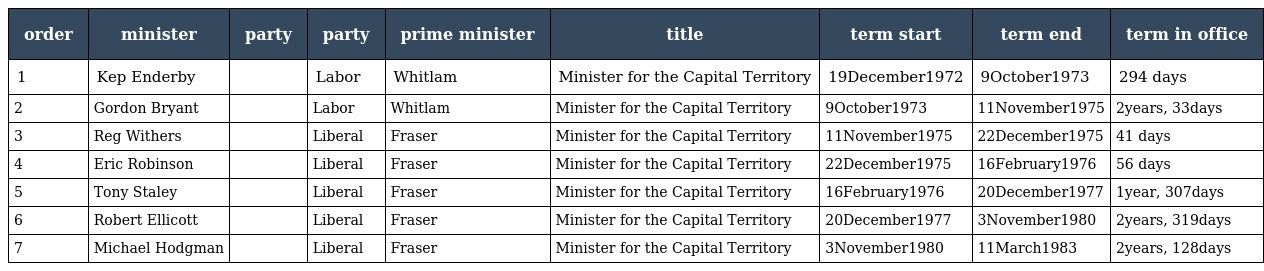
| order | minister | party | party | prime minister | title | term start | term end | term in office |
 | --- | --- | --- | --- | --- | --- | --- | --- | --- |
 | 1 | Kep Enderby |  | Labor | Whitlam | Minister for the Capital Territory | 19December1972 | 9October1973 | 294 days |
 | 2 | Gordon Bryant |  | Labor | Whitlam | Minister for the Capital Territory | 9October1973 | 11November1975 | 2years, 33days |
 | 3 | Reg Withers |  | Liberal | Fraser | Minister for the Capital Territory | 11November1975 | 22December1975 | 41 days |
 | 4 | Eric Robinson |  | Liberal | Fraser | Minister for the Capital Territory | 22December1975 | 16February1976 | 56 days |
 | 5 | Tony Staley |  | Liberal | Fraser | Minister for the Capital Territory | 16February1976 | 20December1977 | 1year, 307days |
 | 6 | Robert Ellicott |  | Liberal | Fraser | Minister for the Capital Territory | 20December1977 | 3November1980 | 2years, 319days |
 | 7 | Michael Hodgman |  | Liberal | Fraser | Minister for the Capital Territory | 3November1980 | 11March1983 | 2years, 128days |